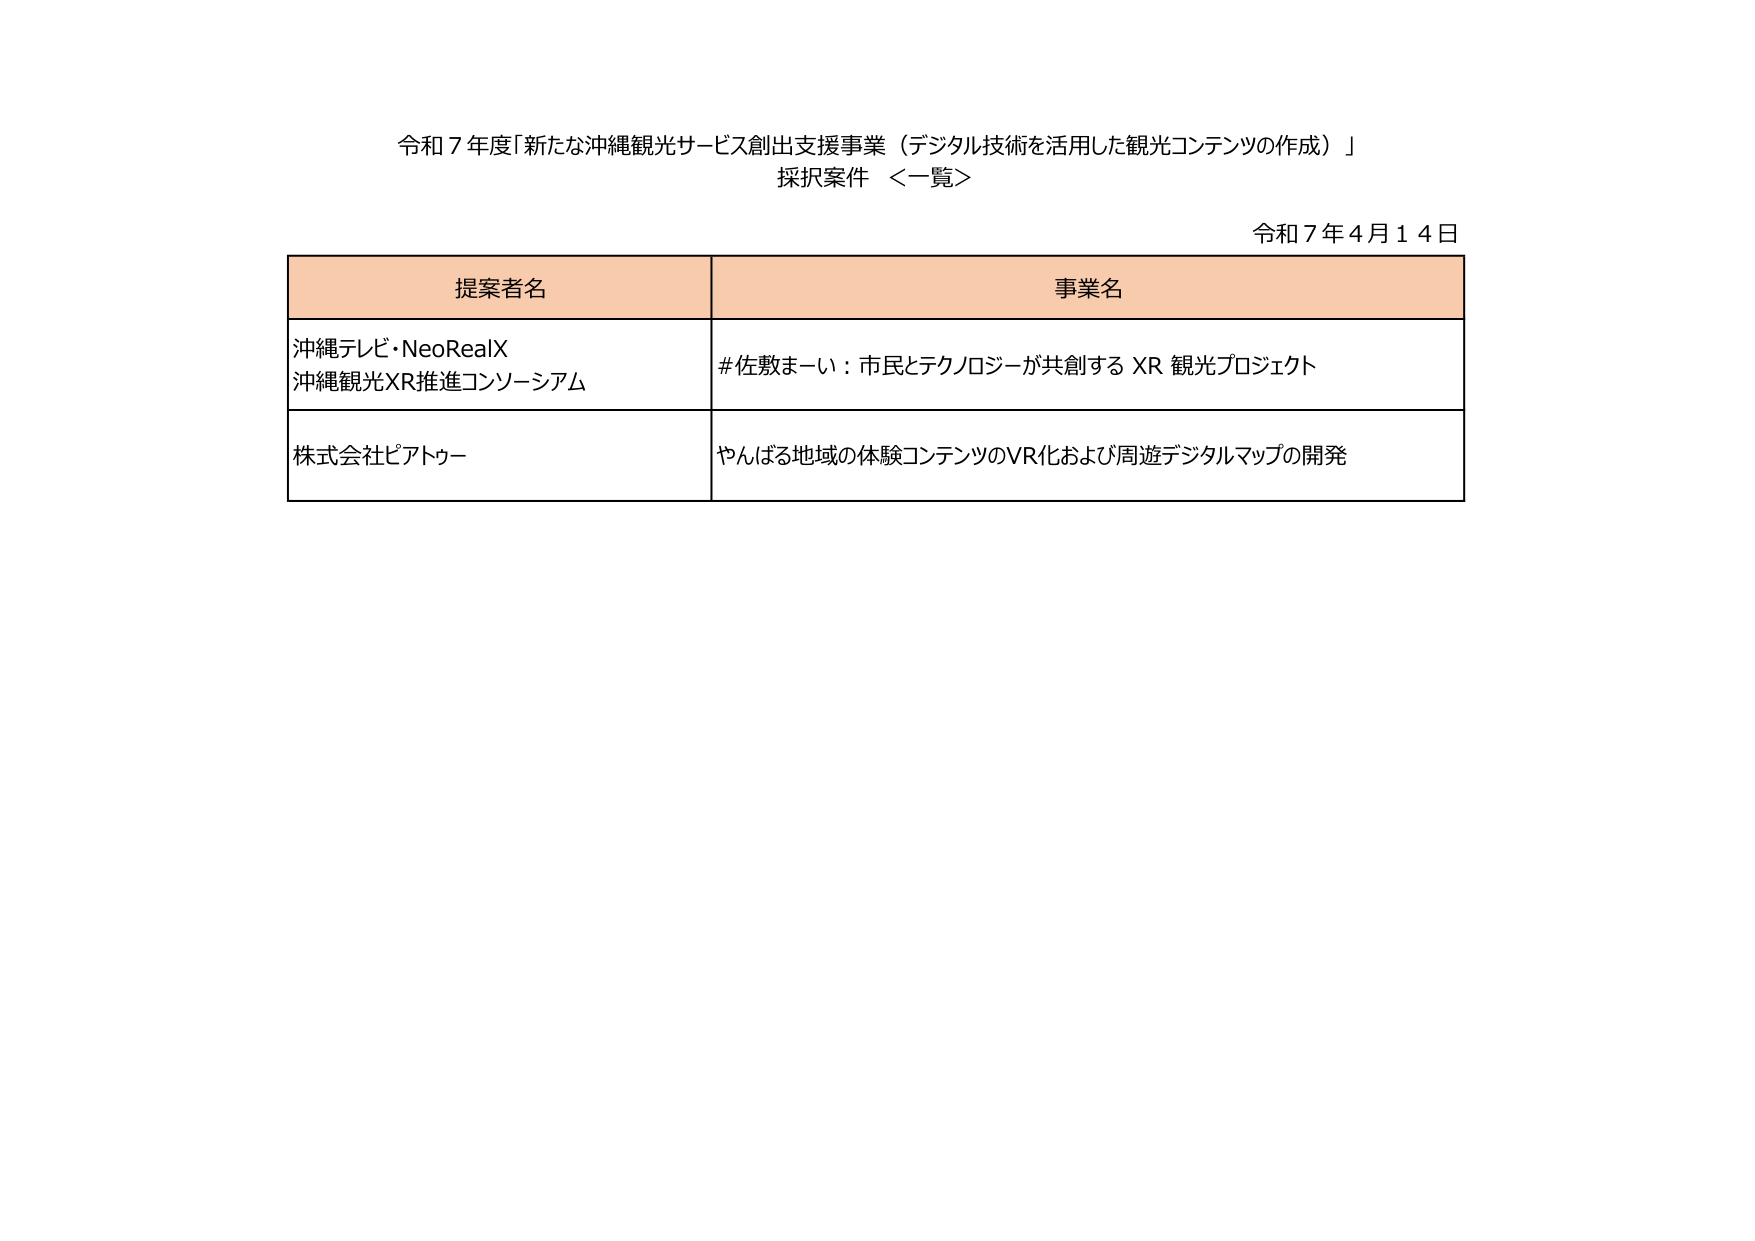
令和７年度「新たな沖縄観光サービス創出支援事業（デジタル技術を活用した観光コンテンツの作成）」
採択案件 ＜一覧＞

令和７年４月１４日

提案者名　　　　　　　　　　　　　　　　　　　　　　　　　　　　　　　事業名
沖縄テレビ・NeoRealX　　　　　　　　　　　　　　　　　　　　　　＃佐敷まーい：市民とテクノロジーが共創する XR 観光プロジェクト
沖縄観光XR推進コンソーシアム
株式会社ピアトゥー　　　　　　　　　　　　　　　　　　　　　　やんばる地域の体験コンテンツのVR化および周遊デジタルマップの開発